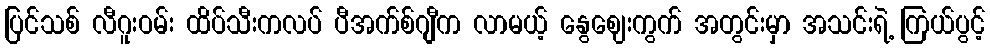
ပြင်သစ် လီဂူးဝမ်း ထိပ်သီးကလပ် ပီအက်စ်ဂျီက လာမယ့် နွေဈေးကွက် အတွင်းမှာ အသင်းရဲ့ ကြယ်ပွင့်